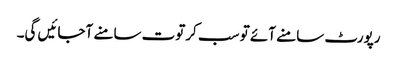
رپورٹ سامنے آئے تو سب کرتوت سامنے آجائیں گی۔